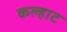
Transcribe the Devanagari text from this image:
कल्हाट